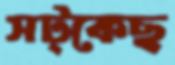
সট্‌কেছ